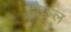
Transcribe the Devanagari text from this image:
हौकुल